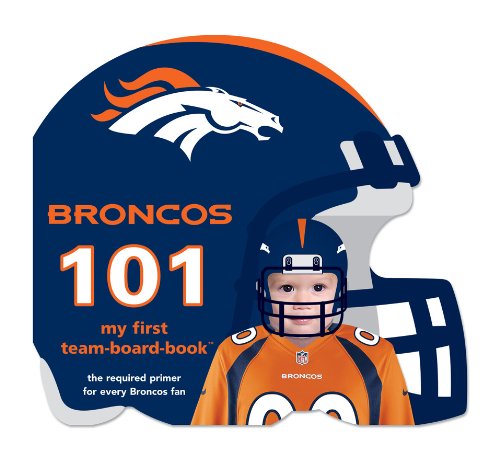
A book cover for Denver Broncos 101: My First Team-Board-Book; Brad M. Epstein; Children's Books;